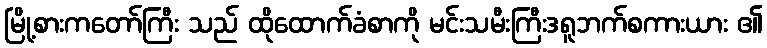
မြို့စားကတော်ကြီး သည် ထိုထောက်ခံစာကို မင်းသမီးကြီးဒရူဘက်စကားယား ၏